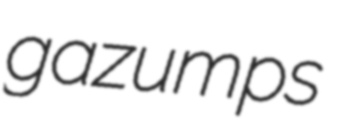
gazumps